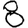
Digit: 8